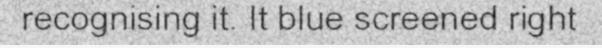
recognising it. It blue screened right